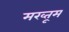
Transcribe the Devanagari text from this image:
मख्तूम